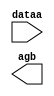
module lpm_compare_1bit (
	dataa,
	agb);

	input	[0:0]  dataa;
	output	  agb;

endmodule